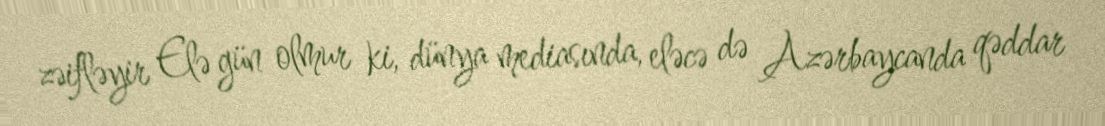
zəifləyir Elə gün olmur ki, dünya mediasında, eləcə də Azərbaycanda qəddar